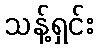
သန့်ရှင်း